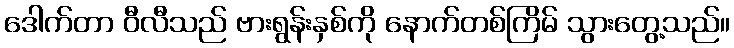
ဒေါက်တာ ဝီလီသည် ဗားရွန်းနှစ်ကို နောက်တစ်ကြိမ် သွားတွေ့သည်။